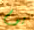
يوم